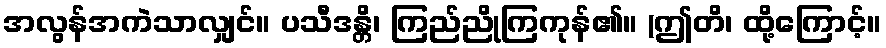
အလွန်အကဲသာလျှင်။ ပသီဒန္တိ၊ ကြည်ညိုကြကုန်၏။ (ဤတိ၊ ထို့ကြောင့်။